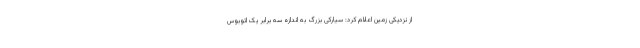
از نزدیکی زمین اعلام کرد: سیارکی بزرگ به اندازه سه برابر یک اتوبوس